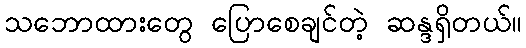
သဘောထားတွေ ပြောစေချင်တဲ့ ဆန္ဒရှိတယ်။